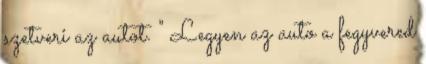
szetveri az autot. " Legyen az auto a fegyvered